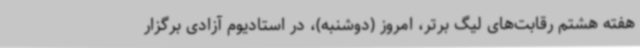
هفته هشتم رقابت‌های لیگ برتر، امروز (دوشنبه)، در استادیوم آزادی برگزار